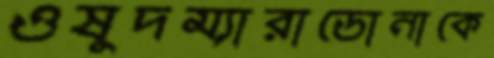
ওষুদম্যারাডোনাকে